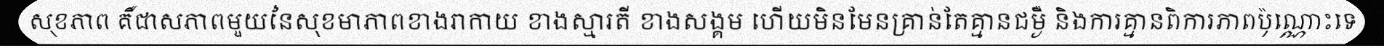
សុខភាព គឺជាសភាពមួយនៃសុខមាភាពខាងរាកាយ ខាងស្មារតី ខាងសង្គម ហើយមិនមែនគ្រាន់តែគ្មានជម្ងឺ និងការគ្មានពិការភាពប៉ុណ្ណោះទេ